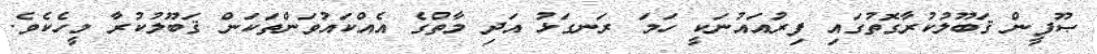
ޞޫފީން ޤަބޫލުކުރާގޮތުގައި ފިރުއައުނަކީ ހަމަ ރަނގަޅު އަދި މާތްގެ އެއްކައުވަންތަކަން ޤަބޫލުކުރާ މީހެކެވެ.